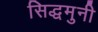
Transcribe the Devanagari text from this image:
सिद्धमुनी